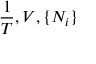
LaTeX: ~ ~ ~ ~ ~ { \frac { 1 } { T } } , V , \{ N _ { i } \}